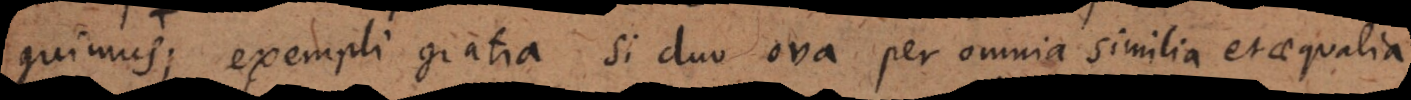
dijudicamus; exempli gratia si duo ova per omnia similia